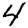
Digit: 4